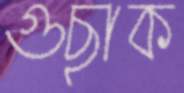
গুছাক